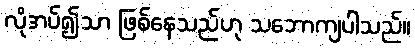
လိုအပ်၍သာ ဖြစ်နေသည်ဟု သဘောကျပါသည်။